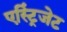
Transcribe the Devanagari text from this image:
एस्ट्रिंजेट